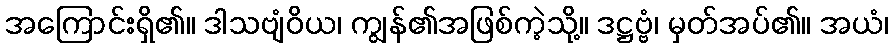
အကြောင်းရှိ၏။ ဒါသဗျံဝိယ၊ ကျွန်၏အဖြစ်ကဲ့သို့။ ဒဋ္ဌဗ္ဗံ၊ မှတ်အပ်၏။ အယံ၊